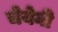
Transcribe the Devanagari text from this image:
चेयेनी